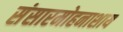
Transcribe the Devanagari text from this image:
संसारमोहनाशाय